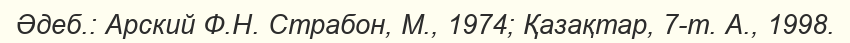
Әдеб.: Арский Ф.Н. Страбон, М., 1974; Қазақтар, 7-т. А., 1998.